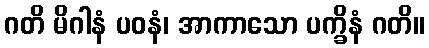
ဂတိ မိဂါနံ ပဝနံ၊ အာကာသော ပက္ခိနံ ဂတိ။